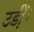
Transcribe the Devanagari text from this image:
उडी़ं।